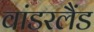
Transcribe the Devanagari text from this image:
वांडरलैंड